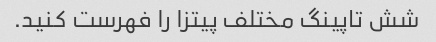
شش تاپینگ مختلف پیتزا را فهرست کنید.